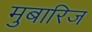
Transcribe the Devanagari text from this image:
मुबारिज